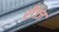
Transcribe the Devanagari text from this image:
रीज्ज